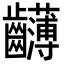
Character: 𪚂